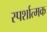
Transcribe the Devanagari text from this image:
स्पर्शात्मक